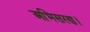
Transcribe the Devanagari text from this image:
अभिसरण।